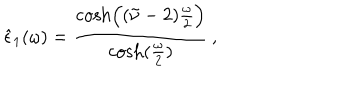
\hat { \epsilon } _ { 1 } ( \omega ) = { \frac { \cosh \Bigl ( ( \tilde { \nu } - 2 ) { \frac { \omega } { 2 } } \Bigr ) } { \cosh ( { \frac { \omega } { 2 } } ) } } \, ,